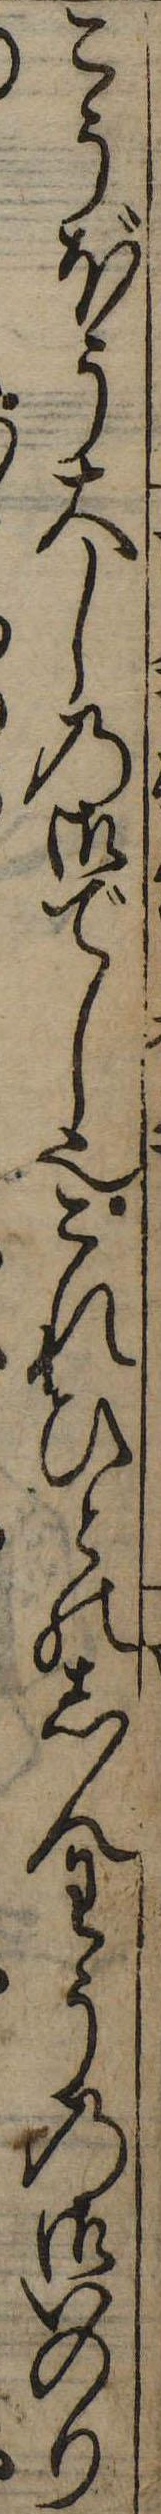
こうぼう大しの御でし也これひとのしんわうの御いのり